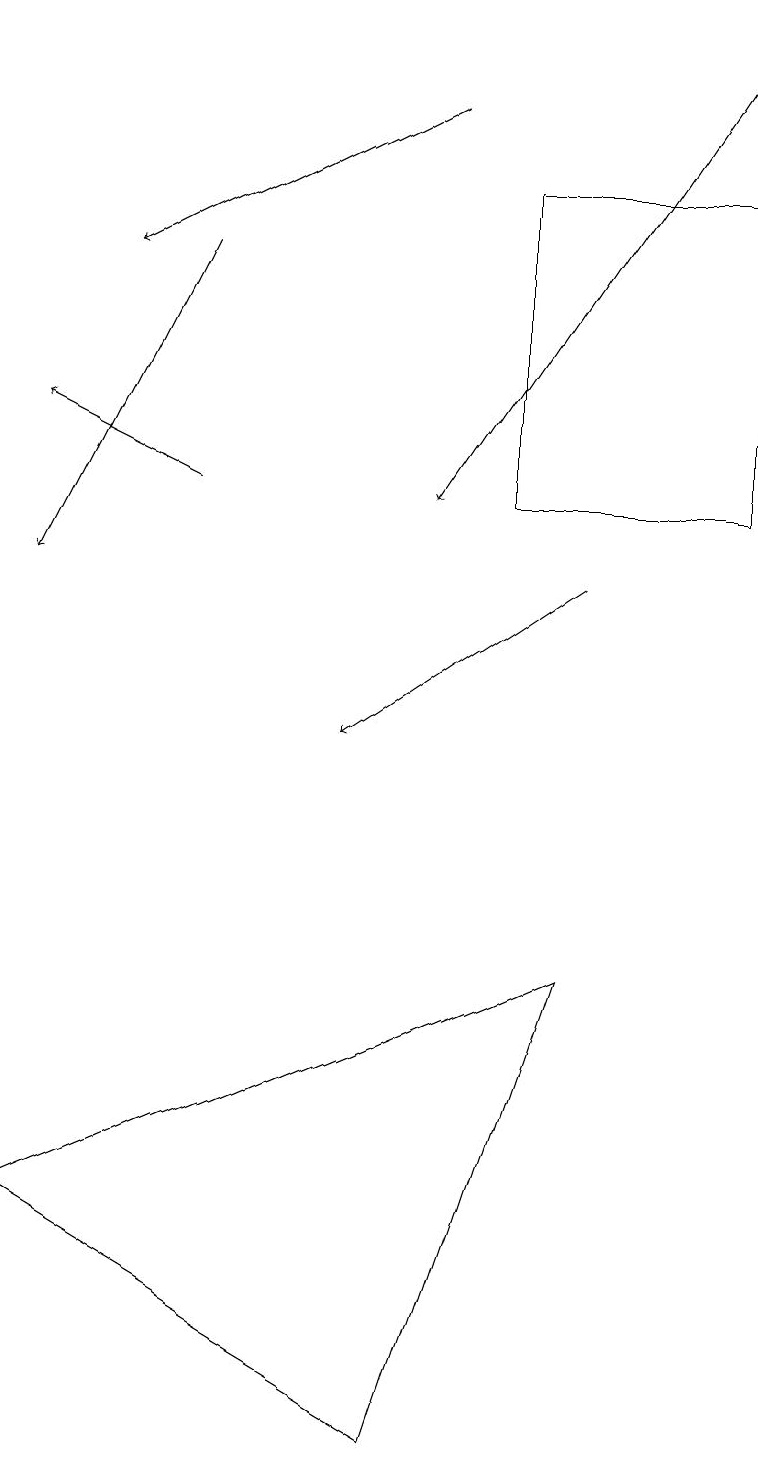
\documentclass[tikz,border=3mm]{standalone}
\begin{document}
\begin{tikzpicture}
\draw[->] (5,18) -- (1,16);
\draw (9,17) rectangle (6,13);
\draw[->] (9,19) -- (5,13);
\draw[->] (2,16) -- (0,12);
\draw[->] (7,12) -- (4,10);
\draw[->] (2,13) -- (0,14);
\draw (5,1) -- (0,4) -- (7,7) -- cycle;
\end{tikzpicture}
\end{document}